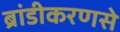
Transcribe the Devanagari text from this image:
ब्रांडीकरणसे